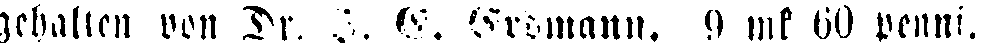
gehalten von Dr. I. G. Grumann. 9 mk 60 penni.